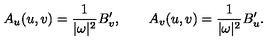
A _ { u } ( u , v ) = \frac 1 { | \omega | ^ { 2 } } B _ { v } ^ { \prime } , \qquad A _ { v } ( u , v ) = \frac 1 { | \omega | ^ { 2 } } B _ { u } ^ { \prime } .